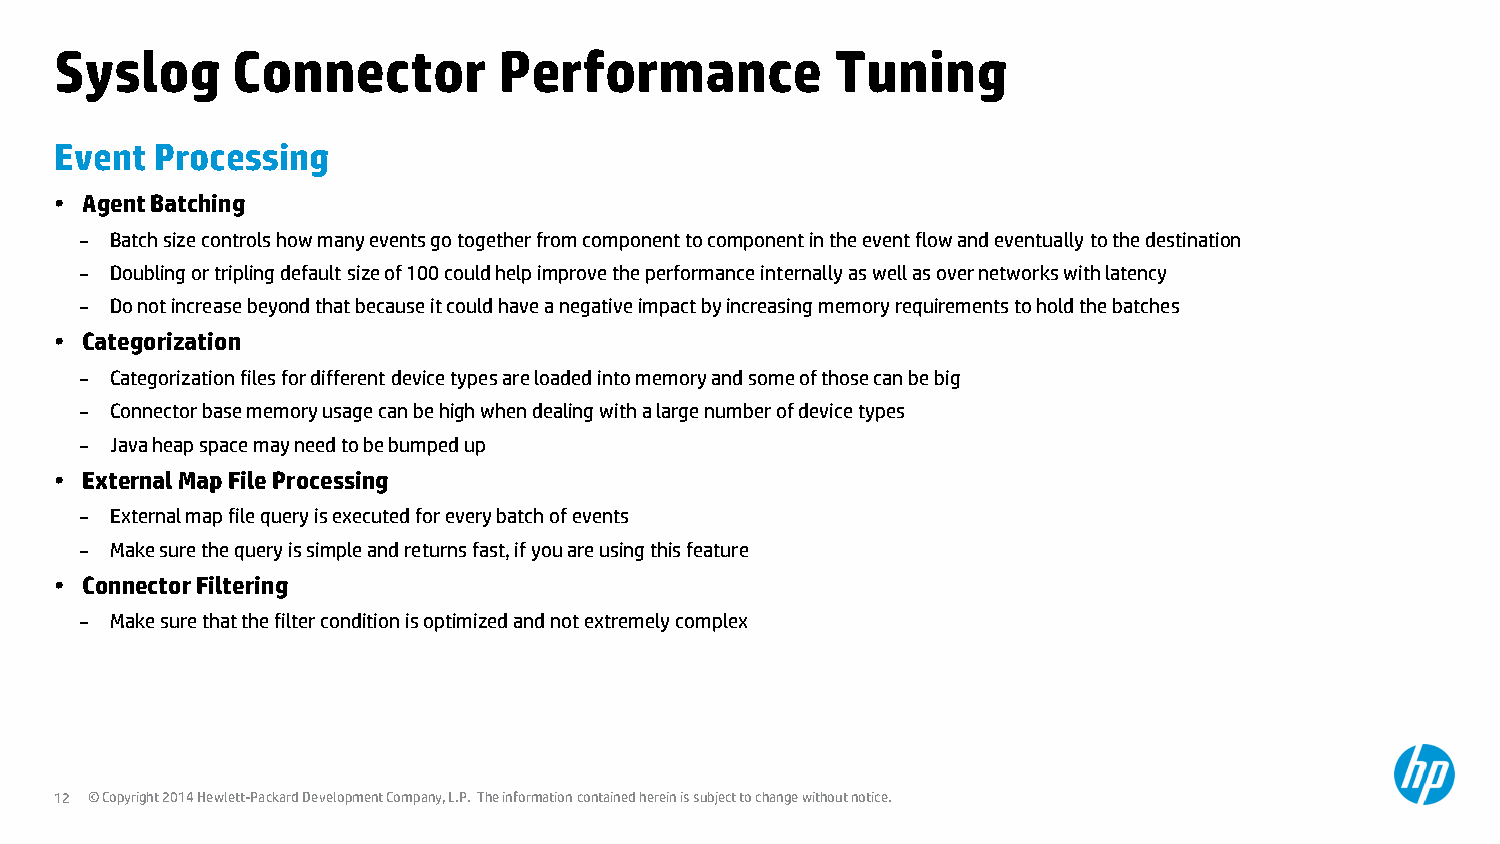
Syslog     Connector         Performance           Tuning
 Event Processing
 • Agent Batching
 – Batch size controls how many events go together from component to component in the event flow and eventually to the destination
 – Doubling or tripling default size of 100 could help improve the performance internally as well as over networks with latency
 – Do not increase beyond that because it could have a negative impact by increasing memory requirements to hold the batches
 • Categorization
 – Categorization files for different device types are loaded into memory and some of those can be big
 – Connector base memory usage can be high when dealing with a large number of device types
 – Java heap space may need to be bumped up
 • External Map File Processing
 – External map file query is executed for every batch of events
 – Make sure the query is simple and returns fast, if you are using this feature
 • Connector Filtering
 – Make sure that the filter condition is optimized and not extremely complex
 12 © Copyright 2014 Hewlett-Packard Development Company, L.P. The information contained herein is subject to change without notice.